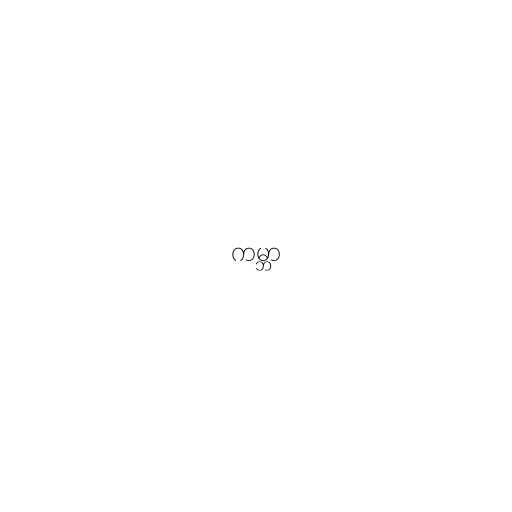
ကမ္ဘာ